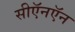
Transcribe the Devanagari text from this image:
सीऍनऍन